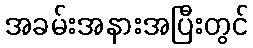
အခမ်းအနားအပြီးတွင်